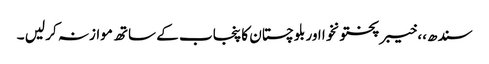
سندھ،، خیبر پختونخوا اور بلوچستان کا پنجاب کے ساتھ موازنہ کر لیں ۔